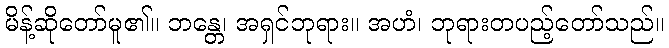
မိန့်ဆိုတော်မူ၏။ ဘန္တေ၊ အရှင်ဘုရား။ အဟံ၊ ဘုရားတပည့်တော်သည်။